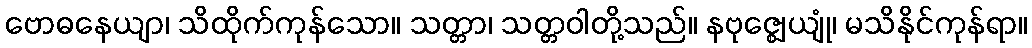
ဗောဓနေယျာ၊ သိထိုက်ကုန်သော။ သတ္တာ၊ သတ္တဝါတို့သည်။ နဗုဇ္ဈေယျုံ၊ မသိနိုင်ကုန်ရာ။